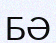
БӘ